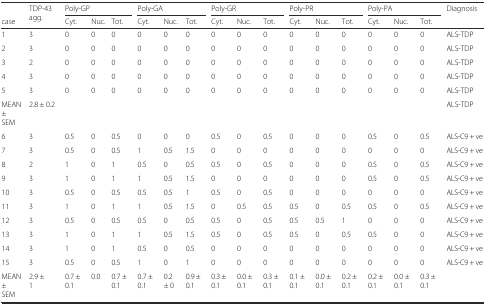
<table><thead><tr><td></td><td rowspan="2"><b>TDP-43 agg.</b></td><td colspan="3"><b>Poly-GP</b></td><td colspan="3"><b>Poly-GA</b></td><td colspan="3"><b>Poly-GR</b></td><td colspan="3"><b>Poly-PR</b></td><td colspan="3"><b>Poly-PA</b></td><td><b>Diagnosis</b></td></tr><tr><td><b>case</b></td><td><b>Cyt.</b></td><td><b>Nuc.</b></td><td><b>Tot.</b></td><td><b>Cyt.</b></td><td><b>Nuc.</b></td><td><b>Tot.</b></td><td><b>Cyt.</b></td><td><b>Nuc.</b></td><td><b>Tot.</b></td><td><b>Cyt.</b></td><td><b>Nuc.</b></td><td><b>Tot.</b></td><td><b>Cyt.</b></td><td><b>Nuc.</b></td><td><b>Tot.</b></td><td></td></tr></thead><tbody><tr><td>1</td><td>3</td><td>0</td><td>0</td><td>0</td><td>0</td><td>0</td><td>0</td><td>0</td><td>0</td><td>0</td><td>0</td><td>0</td><td>0</td><td>0</td><td>0</td><td>0</td><td>ALS-TDP</td></tr><tr><td>2</td><td>3</td><td>0</td><td>0</td><td>0</td><td>0</td><td>0</td><td>0</td><td>0</td><td>0</td><td>0</td><td>0</td><td>0</td><td>0</td><td>0</td><td>0</td><td>0</td><td>ALS-TDP</td></tr><tr><td>3</td><td>2</td><td>0</td><td>0</td><td>0</td><td>0</td><td>0</td><td>0</td><td>0</td><td>0</td><td>0</td><td>0</td><td>0</td><td>0</td><td>0</td><td>0</td><td>0</td><td>ALS-TDP</td></tr><tr><td>4</td><td>3</td><td>0</td><td>0</td><td>0</td><td>0</td><td>0</td><td>0</td><td>0</td><td>0</td><td>0</td><td>0</td><td>0</td><td>0</td><td>0</td><td>0</td><td>0</td><td>ALS-TDP</td></tr><tr><td>5</td><td>3</td><td>0</td><td>0</td><td>0</td><td>0</td><td>0</td><td>0</td><td>0</td><td>0</td><td>0</td><td>0</td><td>0</td><td>0</td><td>0</td><td>0</td><td>0</td><td>ALS-TDP</td></tr><tr><td>MEAN ± SEM</td><td>2.8 ± 0.2</td><td></td><td></td><td></td><td></td><td></td><td></td><td></td><td></td><td></td><td></td><td></td><td></td><td></td><td></td><td></td><td>ALS-TDP</td></tr><tr><td>6</td><td>3</td><td>0.5</td><td>0</td><td>0.5</td><td>0</td><td>0</td><td>0</td><td>0.5</td><td>0</td><td>0.5</td><td>0</td><td>0</td><td>0</td><td>0.5</td><td>0</td><td>0.5</td><td>ALS-C9 + ve</td></tr><tr><td>7</td><td>3</td><td>0.5</td><td>0</td><td>0.5</td><td>1</td><td>0.5</td><td>1.5</td><td>0</td><td>0</td><td>0</td><td>0</td><td>0</td><td>0</td><td>0</td><td>0</td><td>0</td><td>ALS-C9 + ve</td></tr><tr><td>8</td><td>2</td><td>1</td><td>0</td><td>1</td><td>0.5</td><td>0</td><td>0.5</td><td>0.5</td><td>0</td><td>0.5</td><td>0</td><td>0</td><td>0</td><td>0.5</td><td>0</td><td>0.5</td><td>ALS-C9 + ve</td></tr><tr><td>9</td><td>3</td><td>1</td><td>0</td><td>1</td><td>1</td><td>0.5</td><td>1.5</td><td>0</td><td>0</td><td>0</td><td>0</td><td>0</td><td>0</td><td>0.5</td><td>0</td><td>0.5</td><td>ALS-C9 + ve</td></tr><tr><td>10</td><td>3</td><td>0.5</td><td>0</td><td>0.5</td><td>0.5</td><td>0.5</td><td>1</td><td>0.5</td><td>0</td><td>0.5</td><td>0</td><td>0</td><td>0</td><td>0</td><td>0</td><td>0</td><td>ALS-C9 + ve</td></tr><tr><td>11</td><td>3</td><td>1</td><td>0</td><td>1</td><td>1</td><td>0.5</td><td>1.5</td><td>0</td><td>0.5</td><td>0.5</td><td>0.5</td><td>0</td><td>0.5</td><td>0.5</td><td>0</td><td>0.5</td><td>ALS-C9 + ve</td></tr><tr><td>12</td><td>3</td><td>0.5</td><td>0</td><td>0.5</td><td>0.5</td><td>0</td><td>0.5</td><td>0.5</td><td>0</td><td>0.5</td><td>0.5</td><td>0.5</td><td>1</td><td>0</td><td>0</td><td>0</td><td>ALS-C9 + ve</td></tr><tr><td>13</td><td>3</td><td>1</td><td>0</td><td>1</td><td>1</td><td>0.5</td><td>1.5</td><td>0.5</td><td>0</td><td>0.5</td><td>0.5</td><td>0</td><td>0.5</td><td>0.5</td><td>0</td><td>0</td><td>ALS-C9 + ve</td></tr><tr><td>14</td><td>3</td><td>1</td><td>0</td><td>1</td><td>0.5</td><td>0</td><td>0.5</td><td>0</td><td>0</td><td>0</td><td>0</td><td>0</td><td>0</td><td>0</td><td>0</td><td>0</td><td>ALS-C9 + ve</td></tr><tr><td>15</td><td>3</td><td>0.5</td><td>0</td><td>0.5</td><td>1</td><td>0</td><td>1</td><td>0</td><td>0</td><td>0</td><td>0</td><td>0</td><td>0</td><td>0</td><td>0</td><td>0</td><td>ALS-C9 + ve</td></tr><tr><td>MEAN ± SEM</td><td>2.9 ± 1</td><td>0.7 ± 0.1</td><td>0.0</td><td>0.7 ± 0.1</td><td>0.7 ± 0.1</td><td>0.2 ± 0</td><td>0.9 ± 0.1</td><td>0.3 ± 0.1</td><td>0.0 ± 0.1</td><td>0.3 ± 0.1</td><td>0.1 ± 0.1</td><td>0.0 ± 0.1</td><td>0.2 ± 0.1</td><td>0.2 ± 0.1</td><td>0.0 ± 0.1</td><td>0.3 ± 0.1</td><td></td></tr></tbody></table>